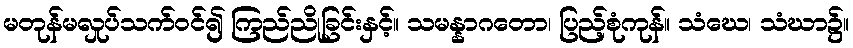
မတုန်မလှုပ်သက်ဝင်၍ ကြည်ညိုခြင်းနှင့်။ သမန္နာဂတော၊ ပြည့်စုံကုန်။ သံဃေ၊ သံဃာ၌။